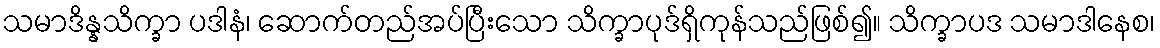
သမာဒိန္နသိက္ခာ ပဒါနံ၊ ဆောက်တည်အပ်ပြီးသော သိက္ခာပုဒ်ရှိကုန်သည်ဖြစ်၍။ သိက္ခာပဒ သမာဒါနေစ၊